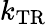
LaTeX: k_{\mathrm{TR}}